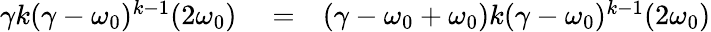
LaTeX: \begin{array}{rlr}{\gamma k(\gamma-\omega_{0})^{k-1}(2\omega_{0})}&{{}=}&{(\gamma-\omega_{0}+\omega_{0})k(\gamma-\omega_{0})^{k-1}(2\omega_{0})}\end{array}